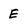
Character: E